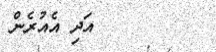
٥٠        އަދި އެއުރެން